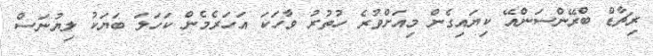
ރިޗާޑް ބްރޭންސަންއޭ ކިޔައިގެން މިއަށްވުރެ ހުތުރު ވާހަކަ އަހަރެމެން ކަހަލަ ބަޔަކު ލިޔުނަސް